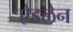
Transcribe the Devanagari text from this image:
ऐडलेन